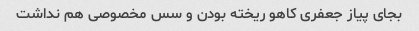
بجای پیاز جعفری کاهو ریخته بودن و سس مخصوصی هم نداشت